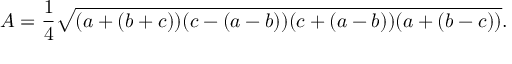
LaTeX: A = { \frac { 1 } { 4 } } { \sqrt { ( a + ( b + c ) ) ( c - ( a - b ) ) ( c + ( a - b ) ) ( a + ( b - c ) ) } } .